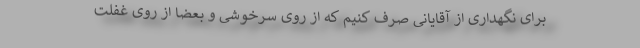
برای نگهداری از آقایانی صرف کنیم که از روی سرخوشی و بعضاً از روی غفلت